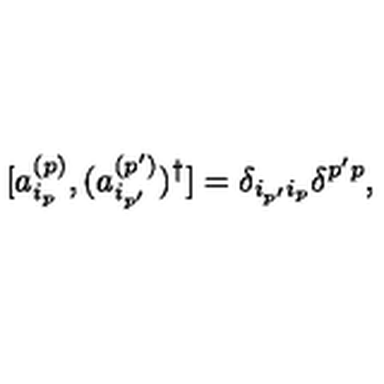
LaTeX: [ a _ { i _ { p } } ^ { ( p ) } , ( a _ { i _ { p ^ { \prime } } } ^ { ( p ^ { \prime } ) } ) ^ { \dagger } ] = \delta _ { i _ { p ^ { \prime } } i _ { p } } \delta ^ { p ^ { \prime } p } ,